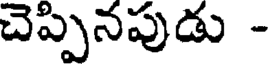
చెప్పినపుడు -